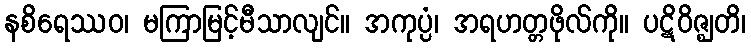
နစိရေဿဝ၊ မကြာမြင့်မီသာလျင်။ အကုပ္ပံ၊ အရဟတ္တဖိုလ်ကို။ ပဋိဝိဇ္ဈတိ၊